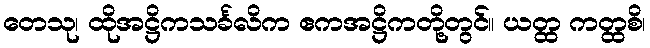
တေသု၊ ထိုအဋ္ဌိကသင်္ခလိက ဧကအဋ္ဌိကတို့တွင်။ ယတ္ထ ကတ္ထစိ၊